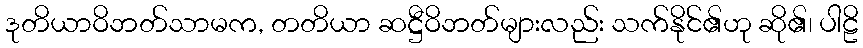
ဒုတိယာဝိဘတ်သာမက, တတိယာ ဆဋ္ဌီဝိဘတ်များလည်း သက်နိုင်၏ဟု ဆို၏၊ ပါဠိ